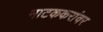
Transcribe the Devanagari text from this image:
नाटककरांवर